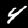
Label: 4